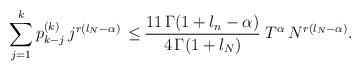
LaTeX: \begin{align*} \sum_{j=1}^{k} p^{(k)}_{k-j} \, j^{r (l_N - \alpha)} \, \le& \, \frac{11 \, \Gamma(1 + l_n - \alpha)}{4 \, \Gamma{(1+l_N)}} \; T^{\alpha} \, N^{r(l_N-\alpha)}.\end{align*}